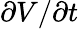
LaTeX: \partial V/\partial t